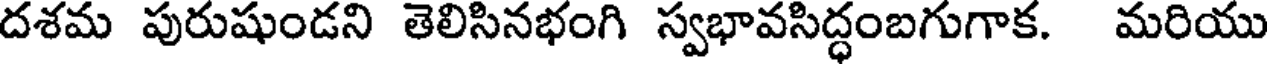
దశమ పురుషుండని తెలిసినభంగి స్వభావసిద్ధంబగుగాక. మరియు